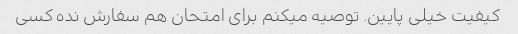
کیفیت خیلی پایین. توصیه میکنم برای امتحان هم سفارش نده کسی